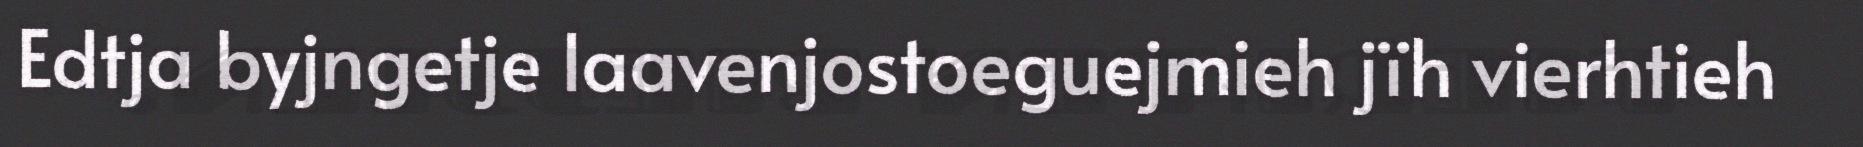
Edtja byjngetje laavenjostoeguejmieh jïh vierhtieh